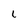
Character: 6